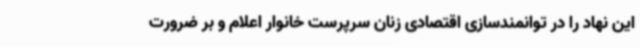
این نهاد را در توانمندسازی اقتصادی زنان سرپرست خانوار اعلام و بر ضرورت